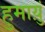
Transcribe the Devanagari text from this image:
हुमाय़ुं